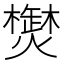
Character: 𱬤